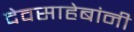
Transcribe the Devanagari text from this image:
देवसाहेबांनी